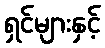
ရှင်များနှင့်